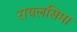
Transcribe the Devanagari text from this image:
रायलसिमा